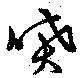
噴